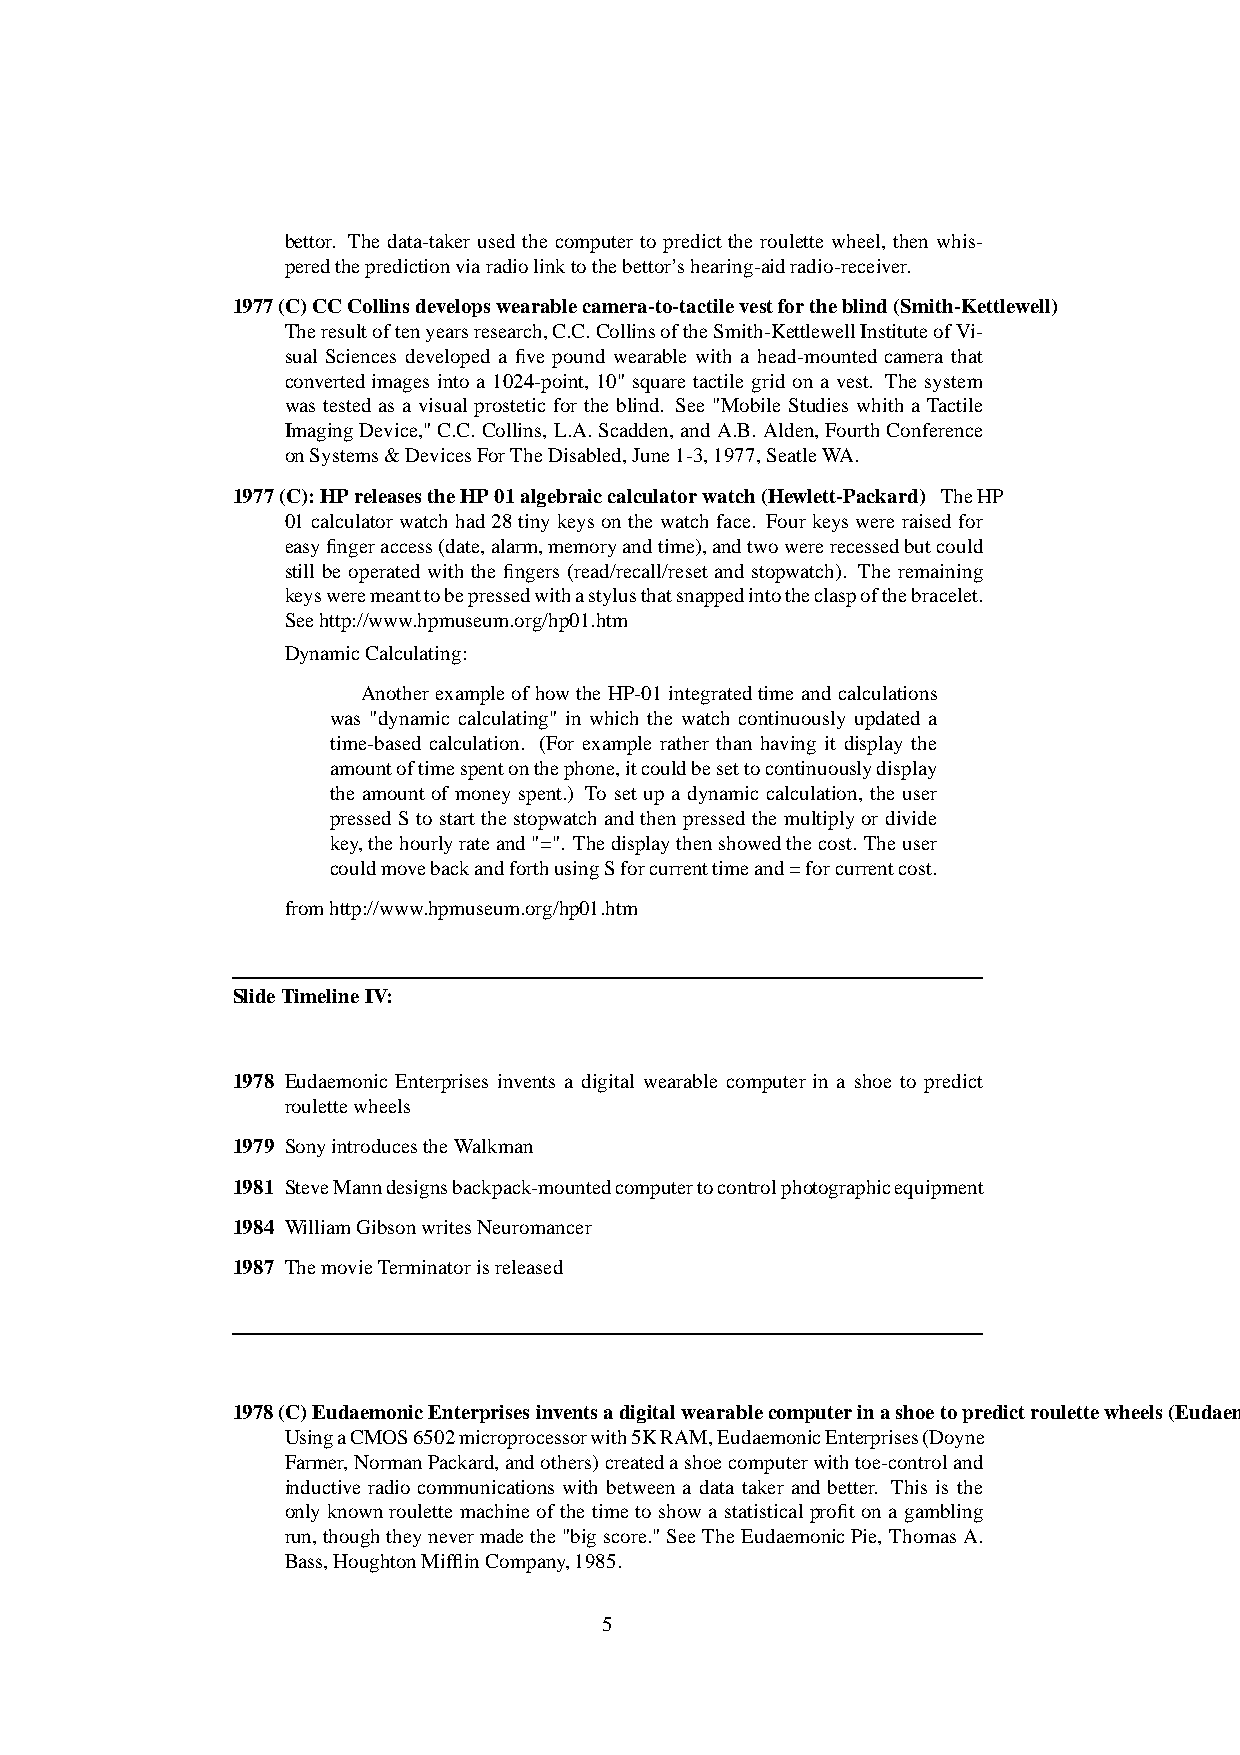
bettor. The data-taker used the computer to predict the roulette wheel, then whis-
 peredthepredictionviaradiolinktothebettor’shearing-aidradio-receiver.
 1977(C)CCCollinsdevelopswearablecamera-to-tactilevestfortheblind(Smith-Kettlewell)
 Theresultoftenyearsresearch,C.C.CollinsoftheSmith-KettlewellInstituteofVi-
 sual Sciences developed a five pound wearable with a head-mounted camera that
 convertedimages into a 1024-point, 10" square tactile grid on a vest. The system
 was tested as a visual prostetic for the blind. See "Mobile Studies whith a Tactile
 ImagingDevice,"C.C. Collins, L.A.Scadden, andA.B. Alden, FourthConference
 onSystems&DevicesForTheDisabled,June1-3,1977,SeatleWA.
 1977(C):HPreleasestheHP01algebraiccalculatorwatch(Hewlett-Packard) TheHP
 01calculatorwatch had28 tiny keysonthe watch face. Fourkeyswere raised for
 easyfingeraccess(date,alarm,memoryandtime),andtwowererecessedbutcould
 still be operated with the fingers (read/recall/reset and stopwatch). The remaining
 keysweremeanttobepressedwithastylusthatsnappedintotheclaspofthebracelet.
 Seehttp://www.hpmuseum.org/hp01.htm
 DynamicCalculating:
 Anotherexampleof howthe HP-01integratedtime andcalculations
 was "dynamic calculating" in which the watch continuously updated a
 time-based calculation. (For example rather than having it display the
 amountoftimespentonthephone,itcouldbesettocontinuouslydisplay
 the amount of money spent.) To set up a dynamic calculation, the user
 pressed S to start the stopwatch and then pressed the multiply or divide
 key,thehourlyrateand"=". Thedisplaythenshowedthecost. Theuser
 couldmovebackandforthusingSforcurrenttimeand=forcurrentcost.
 fromhttp://www.hpmuseum.org/hp01.htm
 SlideTimelineIV:
 1978 Eudaemonic Enterprises invents a digital wearable computer in a shoe to predict
 roulettewheels
 1979 SonyintroducestheWalkman
 1981 SteveManndesignsbackpack-mountedcomputertocontrolphotographicequipment
 1984 WilliamGibsonwritesNeuromancer
 1987 ThemovieTerminatorisreleased
 1978(C)EudaemonicEnterprisesinventsadigitalwearablecomputerinashoetopredictroulettewheels(Eudaemonic
 UsingaCMOS6502microprocessorwith5KRAM,EudaemonicEnterprises(Doyne
 Farmer,NormanPackard,andothers)createdashoecomputerwithtoe-controland
 inductive radio communications with between a data taker and better. This is the
 onlyknownroulette machine of the time to show a statistical profit on a gambling
 run,thoughtheynevermadethe"bigscore."SeeTheEudaemonicPie, ThomasA.
 Bass,HoughtonMifflinCompany,1985.
 5